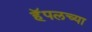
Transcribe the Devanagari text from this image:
हॅपलच्या